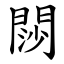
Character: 閯